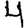
Digit: 4